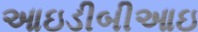
આઇડીબીઆઇ